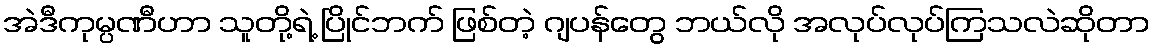
အဲဒီကုမ္ပဏီဟာ သူတို့ရဲ့ ပြိုင်ဘက် ဖြစ်တဲ့ ဂျပန်တွေ ဘယ်လို အလုပ်လုပ်ကြသလဲဆိုတာ